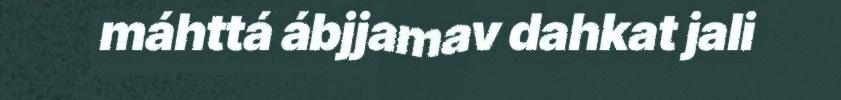
máhttá ábjjamav dahkat jali